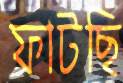
ফাটছি